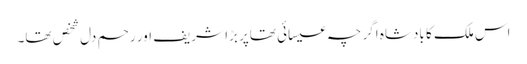
اس ملک کا بادشاہ اگر چہ عیسائی تھاپر بڑا شریف اور رحم دل شخص تھا۔